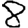
Digit: 8